Indian journal of veterinary science and animal husbandry - Volumes 24-25, 1954-1955
Year: 1954
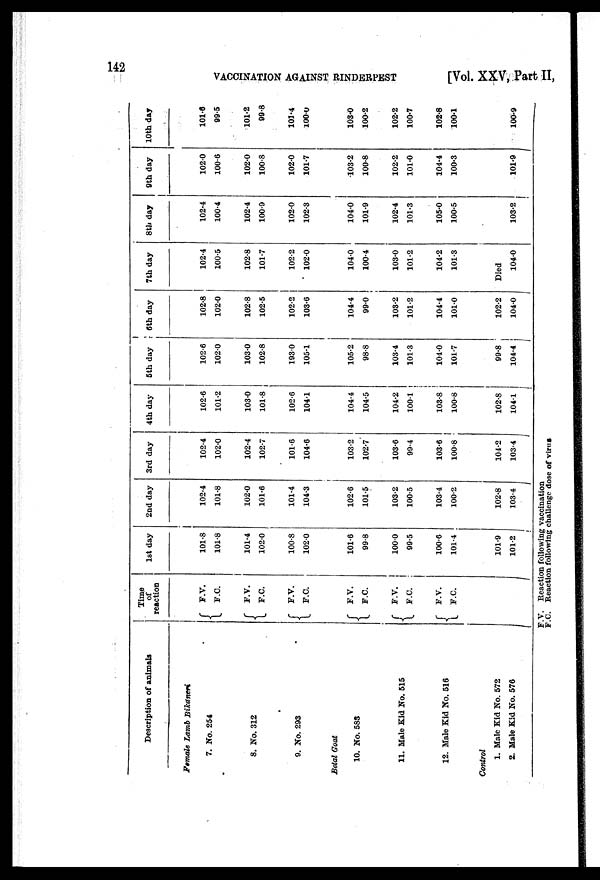
142
VACCINATION AGAINST RINDERPEST
[Vol. XXV, Part II,
Description of animals
Female Lamb
Bikaneri
7. No. 254
8. No. 312
9. No. 293
Betal Goat
10. No. 583
11. Male Kid No. 515
12. Male Kid No. 516
Control
1. Male Kid No. 572
2. Male Kid No. 576
Time
of
reaction
F.V.
F.C.
F.V.
F.C.
F.V.
F.C.
F.V.
F.C.
F.V.
F.C.
F.V.
F.C.
1st day
101.8
101.8
101.4
102.0
100.8
102.0
101.6
99.8
100.0
99.5
100.6
101.4
101.9
101.2
2nd day
102.4
101.8
102.0
101.6
101.4
104.3
102.6
101.5
103.2
100.5
103.4
100.2
102.8
103.4
3rd day
102.4
102.0
102.4
102.7
101.6
104.6
103.2
102.7
103.6
99.4
103.6
100.8
104.2
103.4
4th day
102.6
101.2
103.0
101.8
102.6
104.1
104.4
104.5
104.2
100.1
103.8
100.8
102.8
104.1
5th day
102.6
102.0
103.0
102.8
193.0
105.1
105.2
98.8
103.4
101.3
104.0
101.7
99.8
104.4
6th day
102.8
102.0
102.8
102.5
102.2
103.6
104.4
99.0
103.2
101.2
104.4
101.0
102.2
104.0
7th day
102.4
100.5
102.8
101.7
102.2
102.0
104.0
100.4
103.0
101.2
104.2
101.3
Died
104.0
8th day
102.4
100.4
102.4
100.9
102.0
102.3
104.0
101.9
102.4
101.3
105.0
100.5
103.2
9th day
102.0
100.6
102.0
100.8
102.0
101.7
103.2
100.8
102.2
101.0
104.4
100.3
101.9
10th day
101.6
99.5
101.2
99.8
101.4
100.0
103.0
100.2
102.2
100.7
102.8
100.1
100.9
F.V. Reaction following vaccination
F.C. Reaction following challenge dose of virus